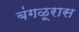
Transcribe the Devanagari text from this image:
बंगळूरास